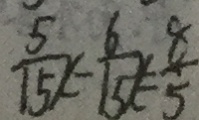
\frac { 3 } { 1 5 x } - \frac { 6 } { 1 5 x } = \frac { 8 } { 5 }